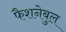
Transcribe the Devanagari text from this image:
फैशनेबुल